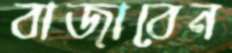
বাজাবেন